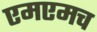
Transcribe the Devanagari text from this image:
एमएमच